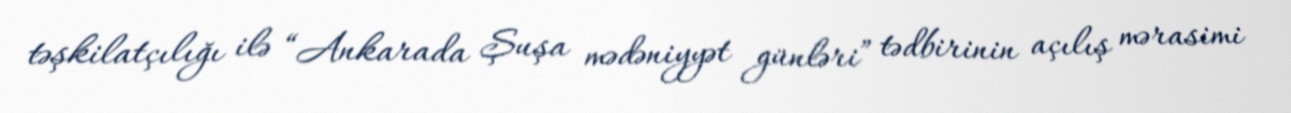
təşkilatçılığı ilə “Ankarada Şuşa mədəniyyət günləri” tədbirinin açılış mərasimi